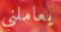
يعاملني